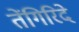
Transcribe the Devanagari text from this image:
तेंगिरिदे